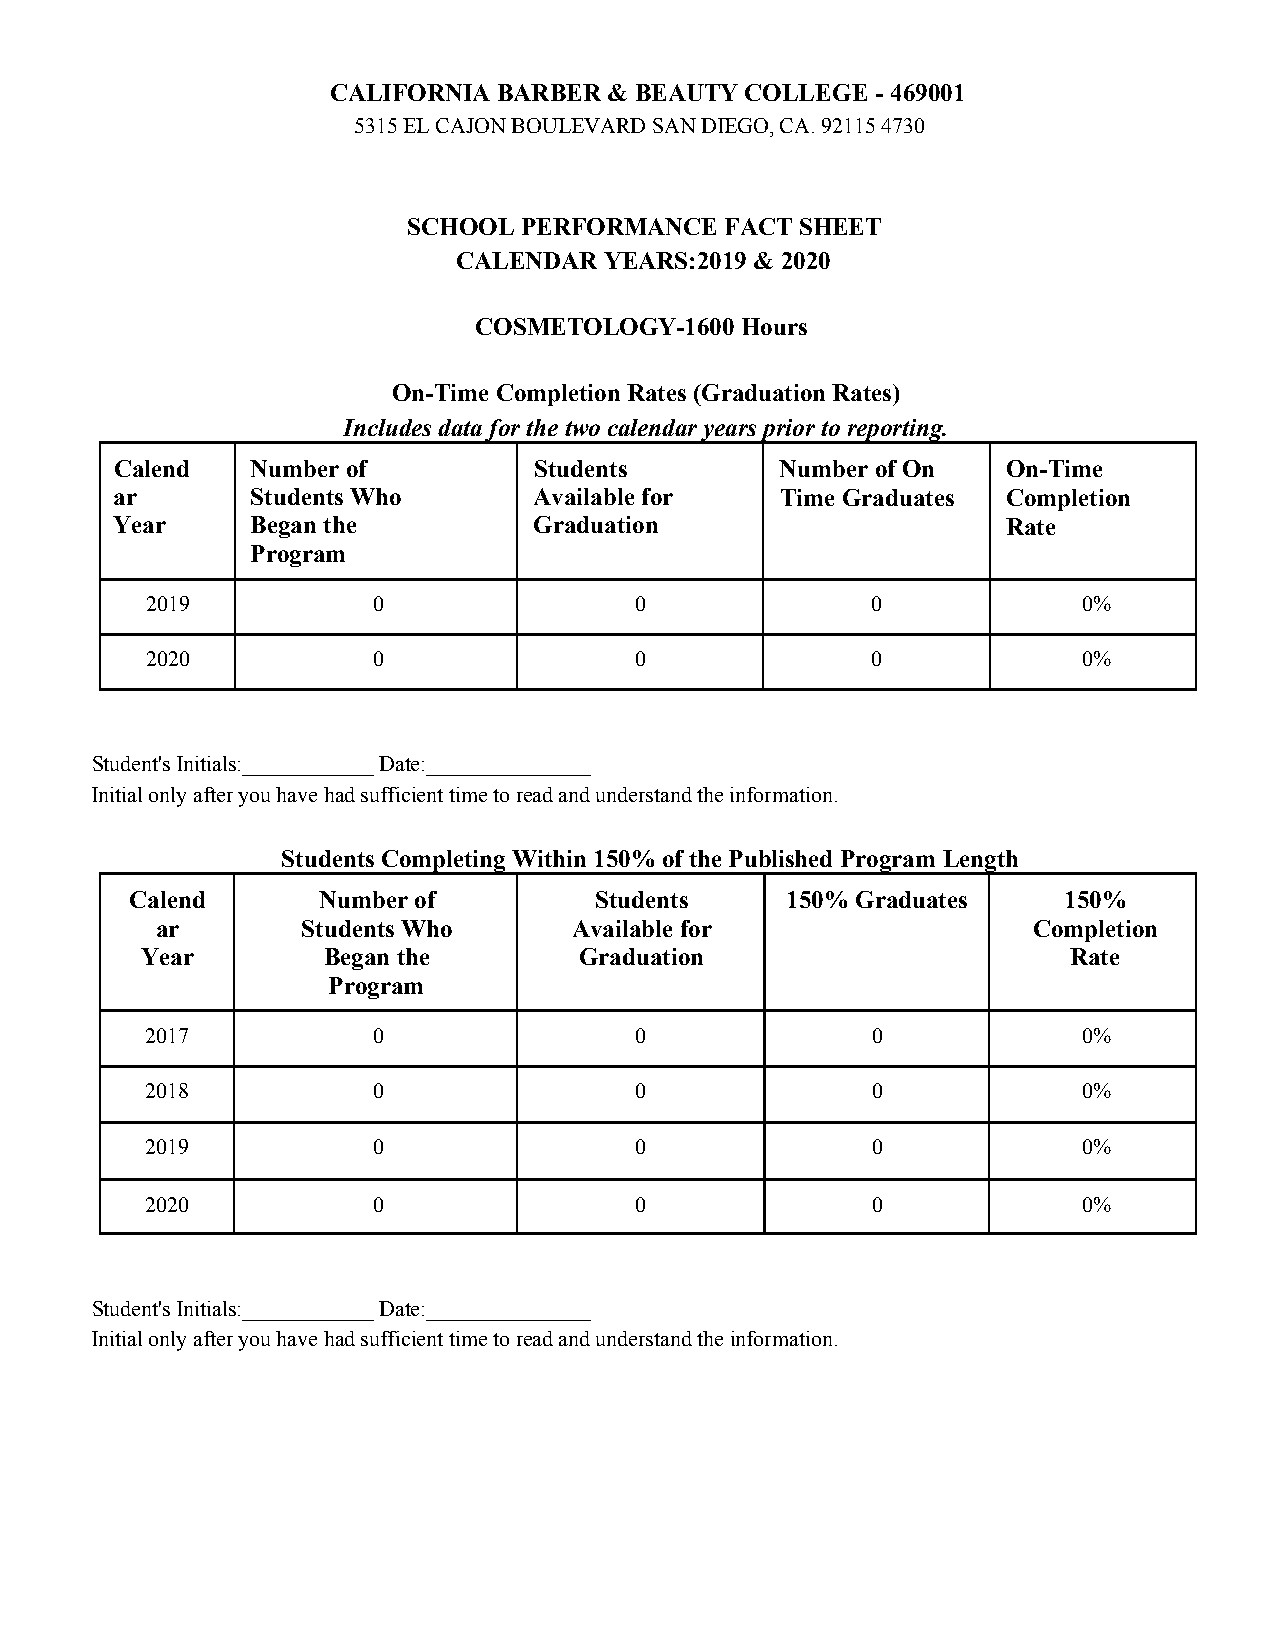
CALIFORNIA BARBER & BEAUTY COLLEGE  - 469001
 5315 EL CAJON BOULEVARD SAN DIEGO, CA. 92115 4730
 SCHOOL PERFORMANCE   FACT SHEET
 CALENDAR  YEARS:2019 & 2020
 COSMETOLOGY-1600  Hours
 On-Time Completion Rates (Graduation Rates)
 Includes data for the two calendar years prior to reporting.
 Calend   Number of         Students         Number of On   On-Time
 ar        Students Who      Available for    Time Graduates Completion
 Year      Began the         Graduation                      Rate
 Program
 2019           0                0               0             0%
 2020           0                0               0             0%
 Student's Initials:____________ Date:_______________
 Initial only after you have had sufficient time to read and understand the information.
 Students Completing Within 150% of the Published Program Length
 Calend      Number of         Students     150% Graduates    150%
 ar        Students Who      Available for                 Completion
 Year        Began the        Graduation                       Rate
 Program
 2017           0                0               0             0%
 2018           0                0               0             0%
 2019           0                0               0             0%
 2020           0                0               0             0%
 Student's Initials:____________ Date:_______________
 Initial only after you have had sufficient time to read and understand the information.